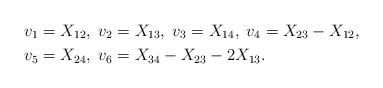
LaTeX: \begin{align*} & v_1 = X_{12},\; v_2 = X_{13},\; v_3 = X_{14},\; v_4 = X_{23}-X_{12}, \\ & v_5 = X_{24},\; v_6 = X_{34}-X_{23}-2X_{13}.\end{align*}